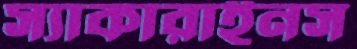
স্যাকারাইনস